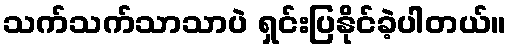
သက်သက်သာသာပဲ ရှင်းပြနိုင်ခဲ့ပါတယ်။